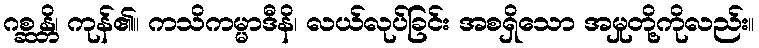
ဂစ္ဆန္တိ၊ ကုန်၏။ ကသိကမ္မာဒီနိ၊ လယ်လုပ်ခြင်း အစရှိသော အမှုတို့ကိုလည်း။